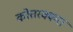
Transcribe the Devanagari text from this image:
कोत्तरक्करा